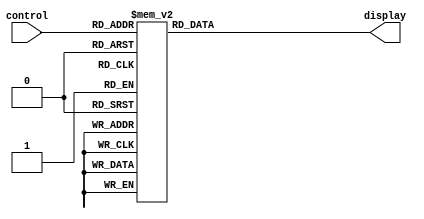
module segDecoder(control, display);

input [0:3] control;
output reg [0:6] display;

always @ (control[0] or control[1] or control[2] or control[3])
begin
	case({control[0], control[1], control[2], control[3]})
		4'd0 : display = 7'd63;
		4'd1 : display = 7'd48;
		4'd2 : display = 7'd109;
		4'd3 : display = 7'd121;
		4'd4 : display = 7'd51;
		4'd5 : display = 7'd91;
		4'd6 : display = 7'd95;
		4'd7 : display = 7'd112;
		4'd8 : display = 7'd127;
		4'd9 : display = 7'd123;
		4'd10 : display = 7'd119;
		4'd11 : display = 7'd31;
		4'd12 : display = 7'd78;
		4'd13 : display = 7'd61;
		4'd14 : display = 7'd79;
		4'd15 : display = 7'd71;
	endcase
end

endmodule